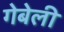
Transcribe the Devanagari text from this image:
गेबेली